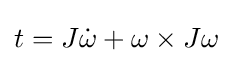
t=J{\dot {\omega }}+\omega \times J\omega